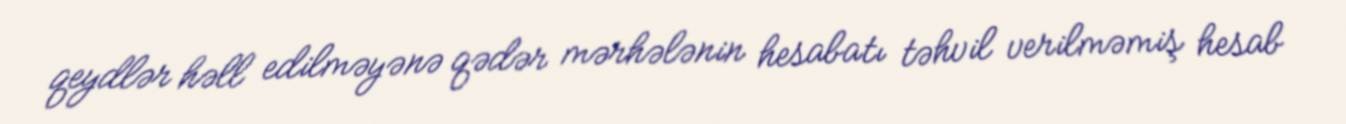
qeydlər həll edilməyənə qədər mərhələnin hesabatı təhvil verilməmiş hesab